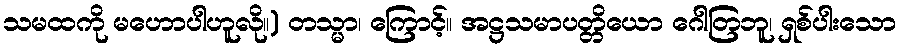
သမထကို မဟောပါဟူလို။) တသ္မာ၊ ကြောင့်။ အဋ္ဌသမာပတ္တိယော ဂေါတြဘူ၊ ရှစ်ပါးသော